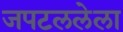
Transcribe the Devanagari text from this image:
जपटललेला